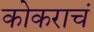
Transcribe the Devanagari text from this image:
कोकराचं